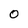
Character: 0